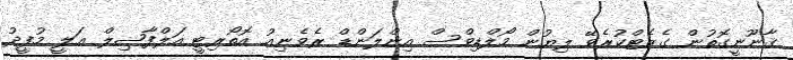
ޤާނޫނީގޮތުން ގެޒެޓްކުރެވޭ ލިޔުން މޯލްޑިވްސް އިންލަންޑް ރެވެނިއު އޮތޯރިޓީ އަލްފާޟިލް ޢަލީ މުފީދު